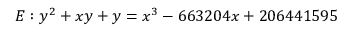
E : y ^ { 2 } + x y + y = x ^ { 3 } - 6 6 3 2 0 4 x + 2 0 6 4 4 1 5 9 5